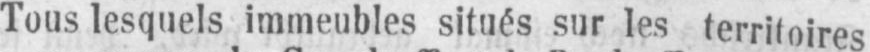
Tous lesquels immeubles situés sur les territoires